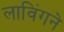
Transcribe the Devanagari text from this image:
लाविंगने